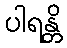
ပါရန္တိ